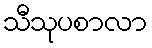
သီသုပစာလာ